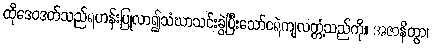
ထိုဒေဝဒတ်သည်ရဟန်းပြုလာ၍သံဃာသင်းခွဲပြီးသော်ငရဲကျလတ္တံ့သည်ကို။ အဇာနိတွာ၊